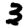
Digit: 3